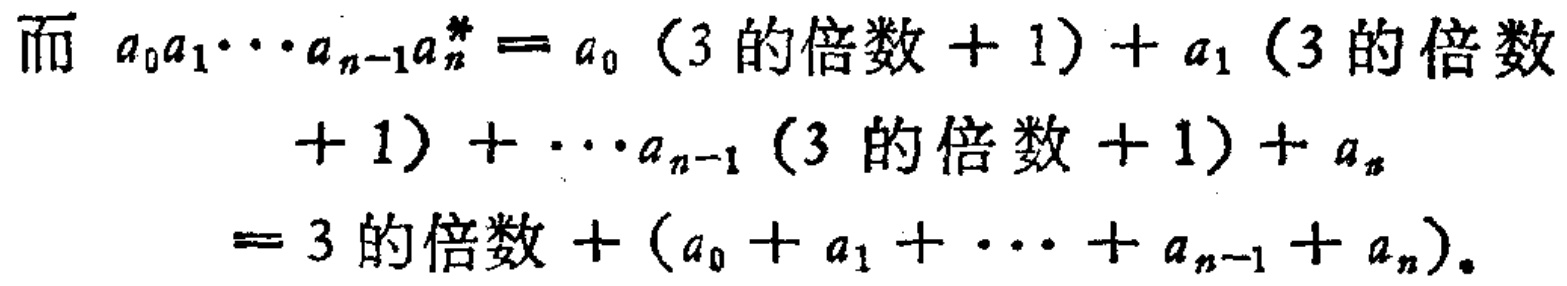
而 \(a_{0}a_{1}\cdots a_{n - 1}a_{n}^{*}=a_{0}(3\text{ 的倍数}+1)+a_{1}(3\text{ 的倍数}\\+1)+\cdots a_{n - 1}(3\text{ 的倍数}+1)+a_{n}\\=3\text{ 的倍数}+(a_{0}+a_{1}+\cdots +a_{n - 1}+a_{n})。\)